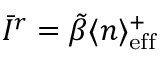
\Bar { I } ^ { r } = \tilde { \beta } \langle n \rangle _ { \mathrm { e f f } } ^ { + }